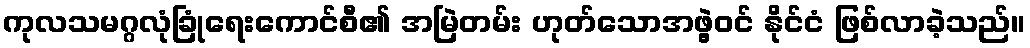
ကုလသမဂ္ဂလုံခြုံရေးကောင်စီ၏ အမြဲတမ်း ဟုတ်သောအဖွဲ့ဝင် နိုင်ငံ ဖြစ်လာခဲ့သည်။